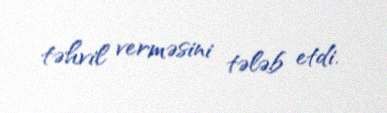
təhvil verməsini tələb etdi.